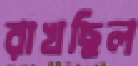
রাখছিল